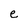
Character: e